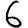
Digit: 6